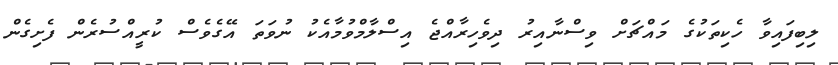
ލިބިފައިވާ ހެކިތަކުގެ މައްޗަށް ވިސްނާއިރު ދިވެހިރާއްޖެ އިސްލާމްވުމާއެކު ނުވަތަ އޭގެވެސް ކުރީއްސުރެން ފެށިގެން